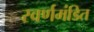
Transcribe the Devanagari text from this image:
स्वर्णमंडित